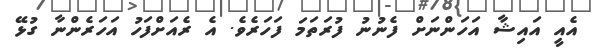
އެއީ އައިޝާ އަހަންނަށް ފެނުނު ފުރަތަމަ ފަހަރެވެ. އެ ރެއަށްފަހު އަހަރެންނާ ގުޅޭ